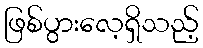
ဖြစ်ပွားလေ့ရှိသည့်